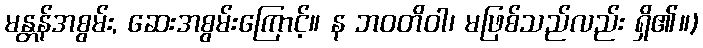
မန္တန်အစွမ်း, ဆေးအစွမ်းကြောင့်။ န ဘဝတိဝါ၊ မဖြစ်သည်လည်း ရှိ၏။)